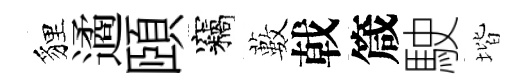
貍遹頤竊藪戟箴駛堦